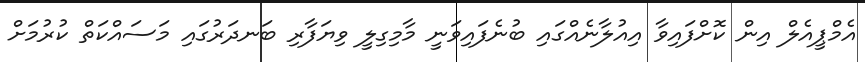
އެމްޕީއެލް އިން ކޮށްފައިވާ އިއުލާނެއްގައި ބުނެފައިވަނީ މާމިގިލީ ވިޔަފާރި ބަނދަރުގައި މަސައްކަތް ކުރުމަށް